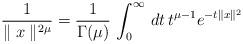
LaTeX: \begin{align*} \frac{1}{\parallel x \parallel^{2\mu}} = \frac{1}{\Gamma(\mu)} \, \int_0^\infty \, dt \, t^{\mu-1} e^{-t \parallel x \parallel^2}\end{align*}